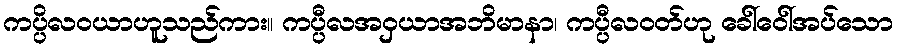
ကပ္ပိလဝယာဟူသည်ကား။ ကပ္ပီလအဝှယာအဘိမာနာ၊ ကပ္ပီလဝတ်ဟု ခေါ်ဝေါ်အပ်သော